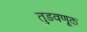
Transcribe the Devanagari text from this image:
तुडवणूक